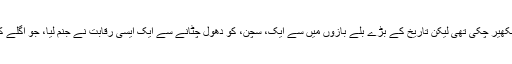
اس سے قبل وہ پچھلی ہی گیند پر 'دیوارِ ہند' راہول ڈریوڈ کی وکٹیں بھی بکھیر چکی تھی لیکن تاریخ کے بڑے بلے بازوں میں سے ایک، سچن، کو دھول چٹانے سے ایک ایسی رقابت نے جنم لیا، جو اگلے کئی سالوں تک کرکٹ کے میدانوں میں تماشائیوں کو محظوظ کرتی رہی۔